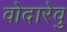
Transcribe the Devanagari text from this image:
वोदारेवु